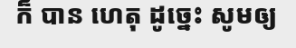
ក៏ បាន ហេតុ ដូច្នេះ សូមឲ្យ